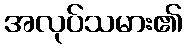
အလုပ်သမား၏